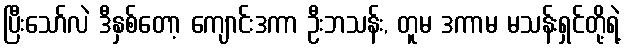
ပြီးသော်လဲ ဒီနှစ်တော့ ကျောင်းဒကာ ဦးဘသန်း, တူမ ဒကာမ မသန်းရှင်တို့ရဲ့